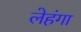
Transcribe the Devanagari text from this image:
लेहंगा